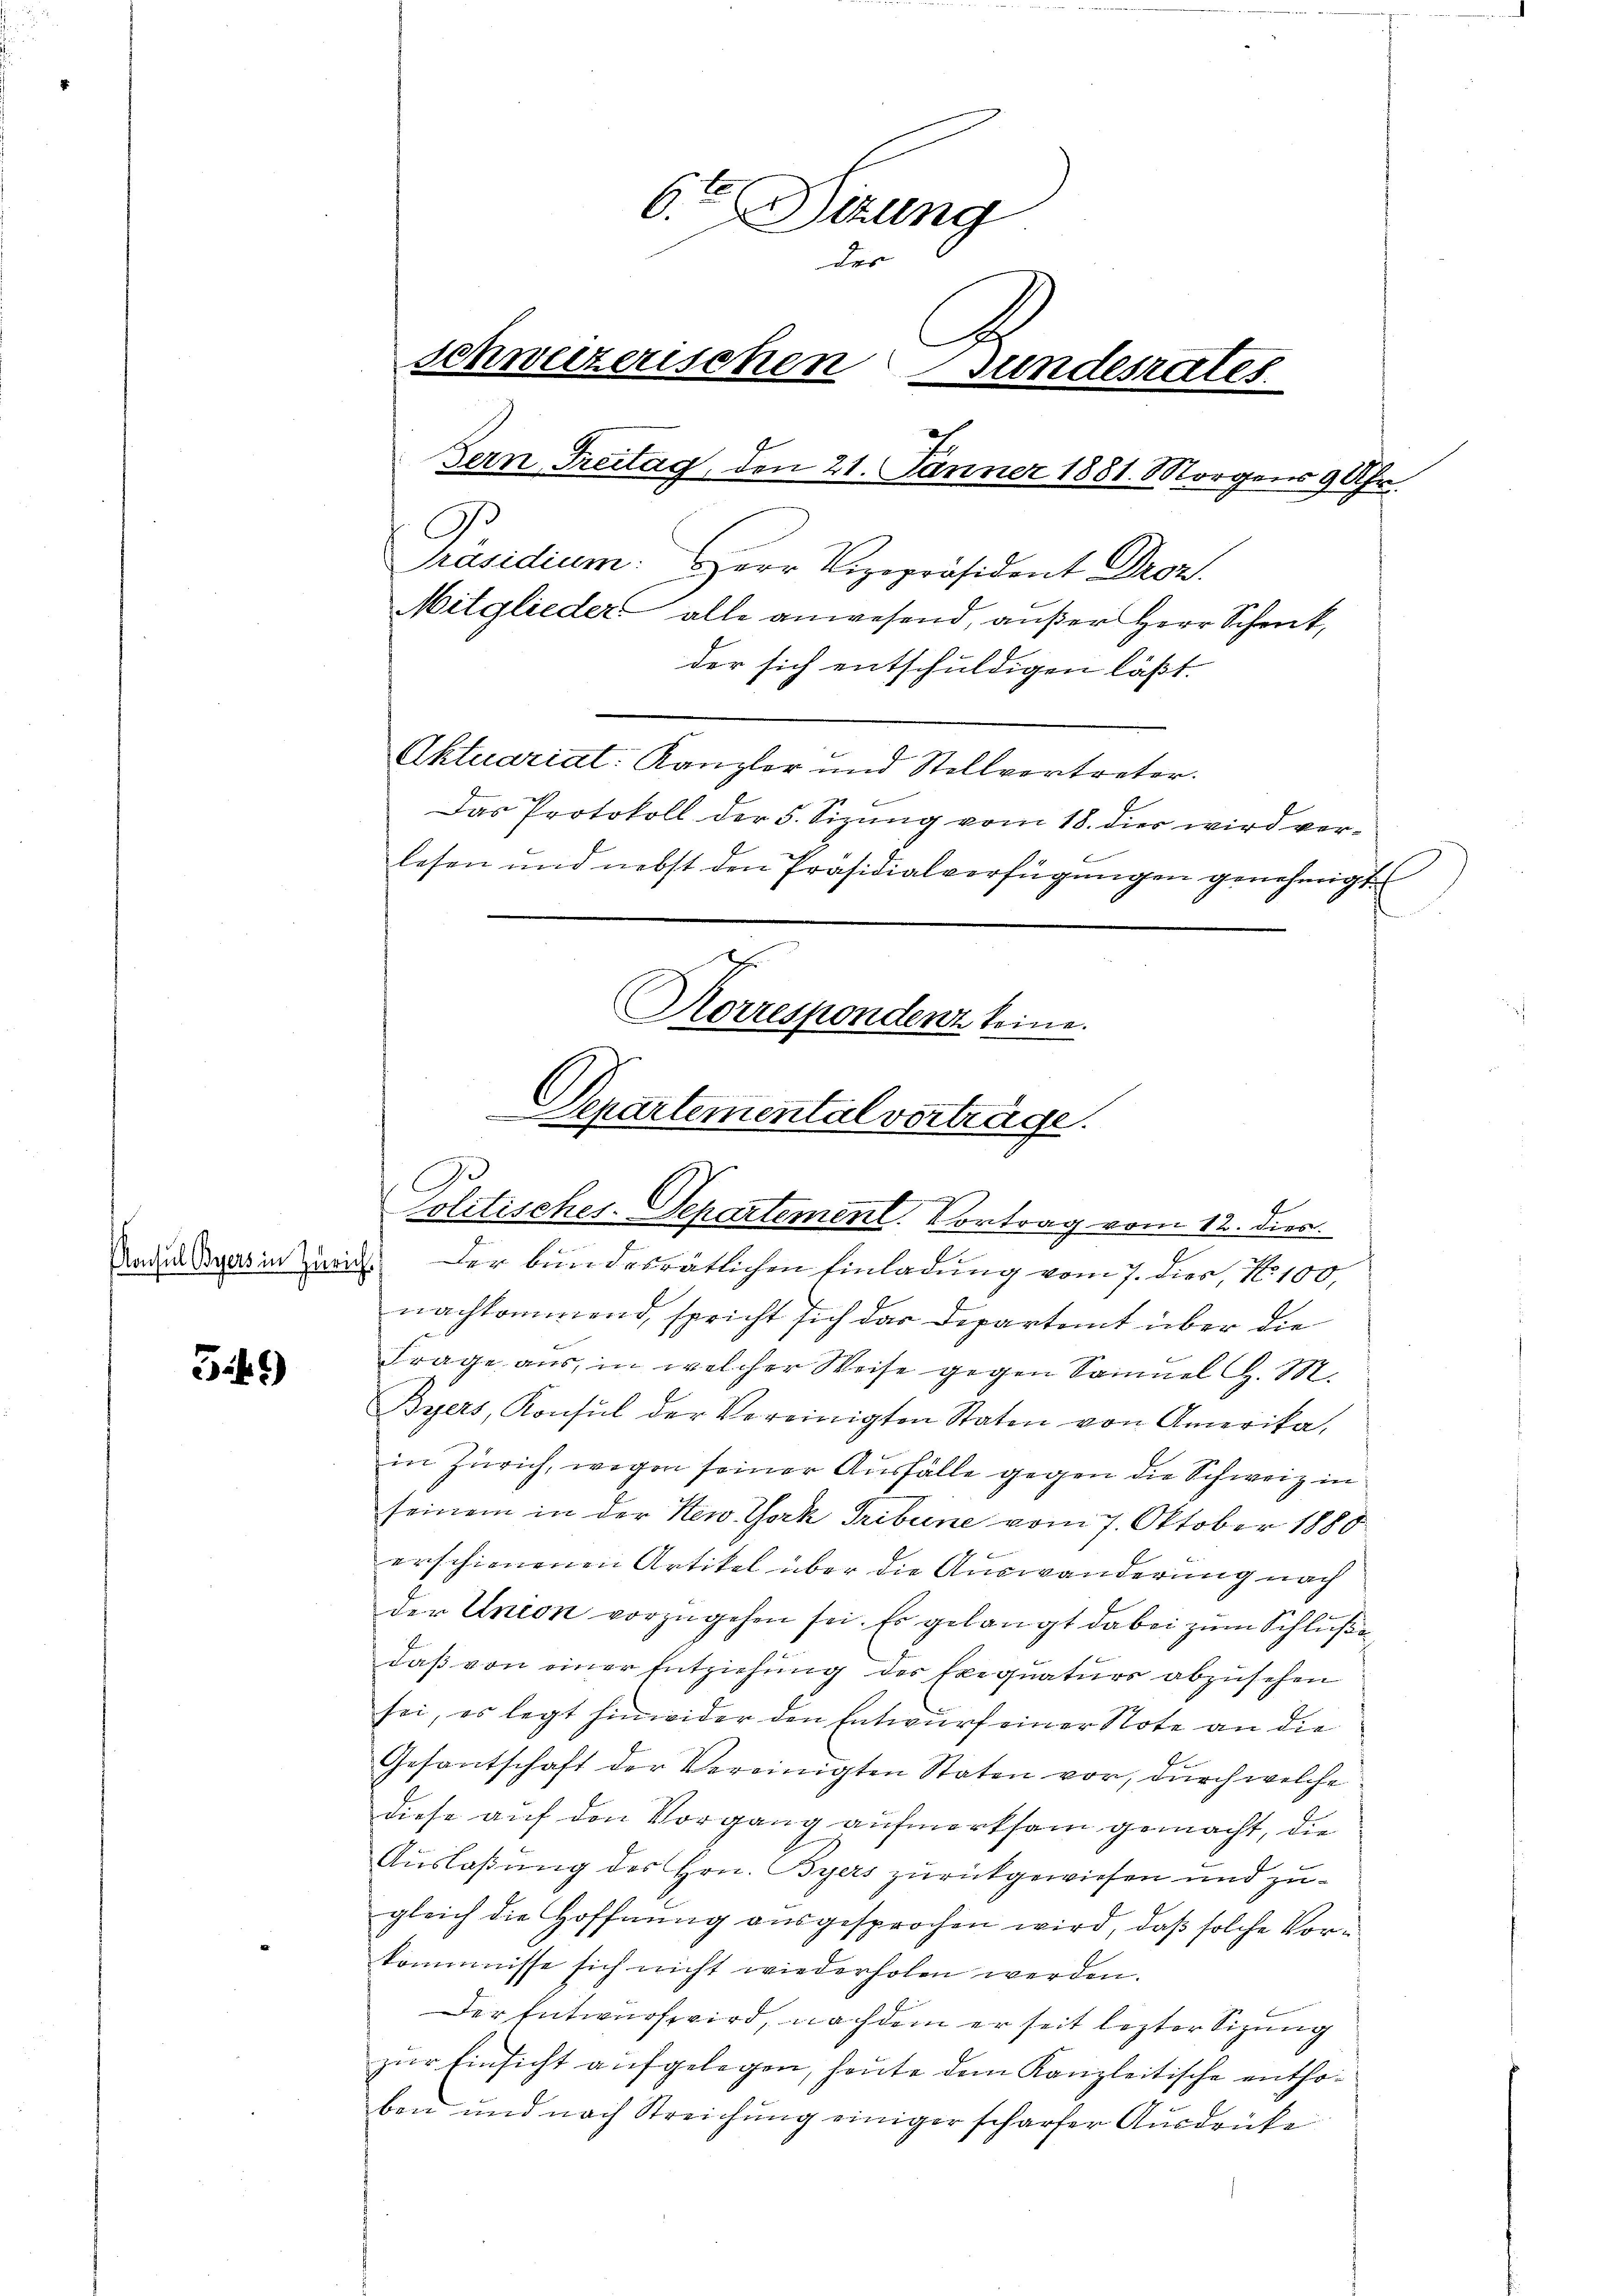
Konsul Byers in Zürich

3*)

6. Sitzung
des
S
schweizerischen Fundesrates
Bern Freitag, den 21. Jänner 1881. Morgens 9 Uhr.
A
Präsidium. Herr Vizepräsident Droz.
Mitglieder alle anwesend, außer Herr Schenk,
der sich entschuldigen läßt.
Aktuariat: Kanzler und Stellvertreter.
Das Protokoll der 5. Sizung vom 18. dies wird verlesen und nebst den Präsidialverfügungen genehmigt
Korrespondenz keine.
d
Departemental verträge.

e
olitisches-Departement. Vortrag vom 12. dies.
Der bundesrätlichen Einladung vom 7. dies, No 100,

nachkommend, spricht sich das Departamt über die
Frage aus, in welcher Weise gegen Samuel d. M.
Byers, Konsul der Vereinigten Staten von Amerika,
in Zürich, wegen seiner Ausfälle gegen die Schweiz in
seinem in der New York Tribune vom 7. Oktober 1880
erschienenen Artikel über die Auswanderung nach
der Union vorzugehen sei. Es gelangt dabei zum Schluße
daß von einer Entziehung des Exequaturs abzusehen
sei, es legt hinwider den Entwurf einer Note an die
Gesantschaft der Vereinigten Staten vor, durch welche
diese auf den Vorgang aufmerksam gemacht, die
Auslaßung des Hrn. Byers zurückgewiesen und zugleich die Hoffnung ausgesprochen wird, daß solche Vorkommnisse sich nicht wiederholen werden.
Der Entwurf wird, nachdem er seit lezter Sitzung
zŭr Einsicht aufgelegen, heute dem Kanzleitische enthoben und nach Streichung einiger scharfer Ausdrücke